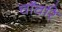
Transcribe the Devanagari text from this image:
चाँचरि